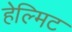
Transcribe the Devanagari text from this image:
हेल्मिट